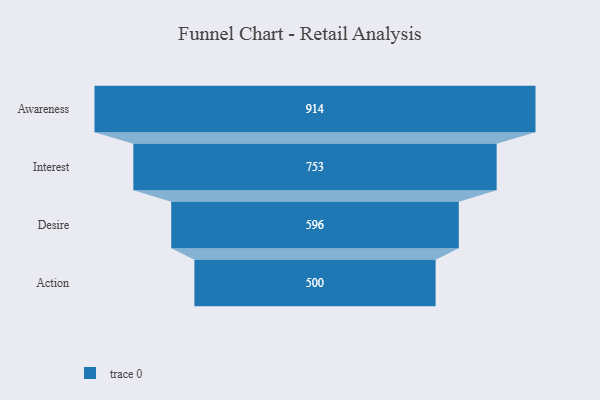
{"axis": {"x": "Stage", "y": "Value"}, "legend": [""], "data": [{"x": "Awareness", "y": 914.0, "type": ""}, {"x": "Interest", "y": 753.0, "type": ""}, {"x": "Desire", "y": 596.0, "type": ""}, {"x": "Action", "y": 500, "type": ""}]}